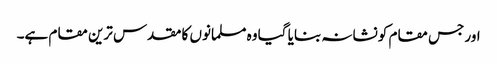
اور جس مقام کو نشانہ بنایا گیا وہ مسلمانوں کا مقدس ترین مقام ہے۔